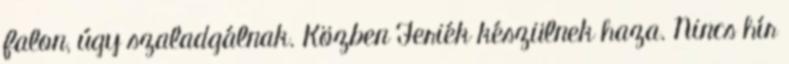
falon, úgy szaladgálnak. Közben Feriék készülnek haza. Nincs hír